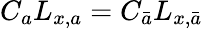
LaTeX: C_{a}L_{x,a}=C_{\bar{a}}L_{x,\bar{a}}